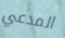
المدعي